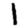
Digit: 1